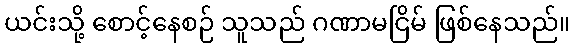
ယင်းသို့ စောင့်နေစဉ် သူသည် ဂဏာမငြိမ် ဖြစ်နေသည်။